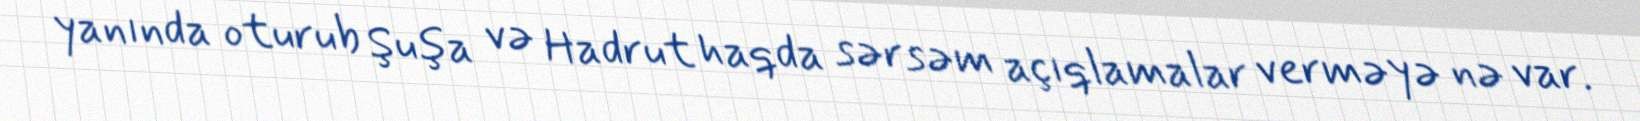
yanında oturub Şuşa və Hadrut haqda sərsəm açıqlamalar verməyə nə var.